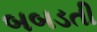
બબડતી